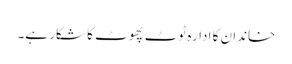
خاندان کا ادارہ ٹوٹ پھوٹ کا شکار ہے۔